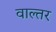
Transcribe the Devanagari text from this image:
वाल्तर